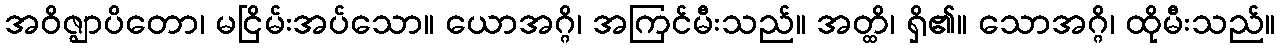
အဝိဇ္ဈာပိတော၊ မငြိမ်းအပ်သော။ ယောအဂ္ဂိ၊ အကြင်မီးသည်။ အတ္ထိ၊ ရှိ၏။ သောအဂ္ဂိ၊ ထိုမီးသည်။